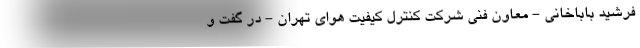
فرشید باباخانی - معاون فنی شرکت کنترل کیفیت هوای تهران - در گفت و